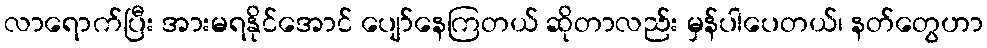
လာရောက်ပြီး အားမရနိုင်အောင် ပျော်နေကြတယ် ဆိုတာလည်း မှန်ပါပေတယ်၊ နတ်တွေဟာ